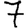
Digit: 7